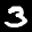
Label: 3